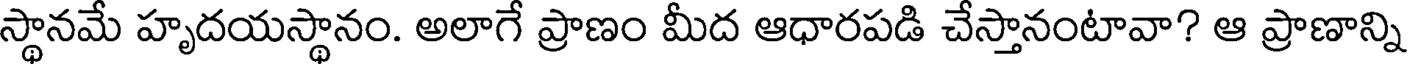
స్థానమే హృదయస్థానం. అలాగే ప్రాణం మీద ఆధారపడి చేస్తానంటావా? ఆ ప్రాణాన్ని